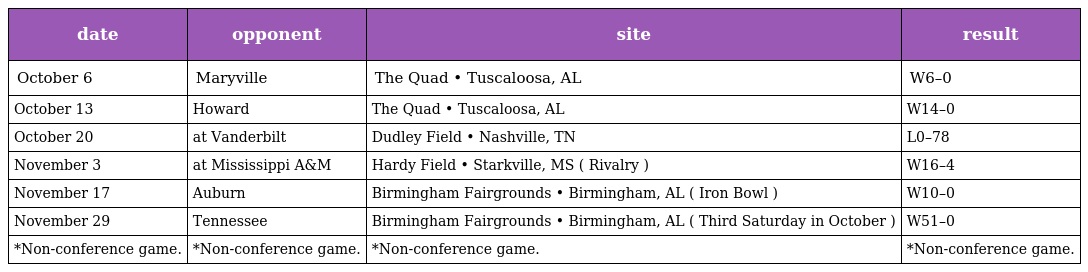
| date | opponent | site | result |
 | --- | --- | --- | --- |
 | October 6 | Maryville | The Quad • Tuscaloosa, AL | W6–0 |
 | October 13 | Howard | The Quad • Tuscaloosa, AL | W14–0 |
 | October 20 | at Vanderbilt | Dudley Field • Nashville, TN | L0–78 |
 | November 3 | at Mississippi A&M | Hardy Field • Starkville, MS ( Rivalry ) | W16–4 |
 | November 17 | Auburn | Birmingham Fairgrounds • Birmingham, AL ( Iron Bowl ) | W10–0 |
 | November 29 | Tennessee | Birmingham Fairgrounds • Birmingham, AL ( Third Saturday in October ) | W51–0 |
 | *Non-conference game. | *Non-conference game. | *Non-conference game. | *Non-conference game. |